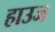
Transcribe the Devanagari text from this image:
हाउज